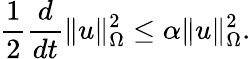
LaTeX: \frac{1}{2}\frac{d}{dt}\| u\| _{\Omega}^{2}\leq\alpha\| u\| _{\Omega}^{2}.